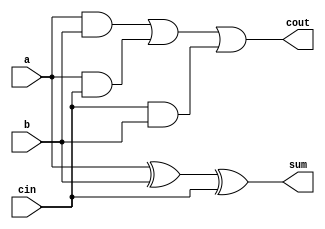
module full_adder(a, b, sum, cin, cout);

input a;
input b;
input cin;
output sum;
output cout;
wire temp1, temp2, temp3;
/*
TODO:
use gate level primitives to construct a full adder
Useful gate primitives: or, and , xor
*/
xor xor0(sum, a, b, cin);
and and0(temp1, a, b);
and and1(temp2, a, cin);
and and2(temp3, cin, b);
or or0(cout, temp1, temp2, temp3);

endmodule